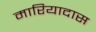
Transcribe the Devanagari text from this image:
मारियादास